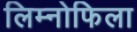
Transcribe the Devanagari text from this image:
लिम्नोफिला